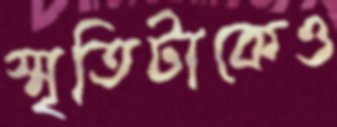
স্মৃতিটাকেও